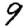
Digit: 9